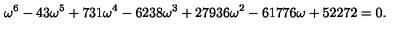
\omega ^ { 6 } - 4 3 \omega ^ { 5 } + 7 3 1 \omega ^ { 4 } - 6 2 3 8 \omega ^ { 3 } + 2 7 9 3 6 \omega ^ { 2 } - 6 1 7 7 6 \omega + 5 2 2 7 2 = 0 .